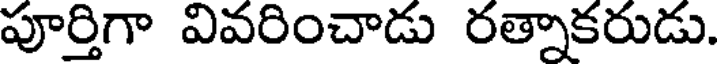
పూర్తిగా వివరించాడు రత్నాకరుడు.